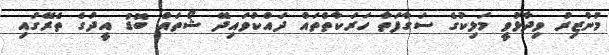
މުންޒިރު ވިދާޅުވީ މަލިކުގެ ސަގާފަތާ ހަރަކާތްތައް ދައްކުވައިދޭ ޝޯތައް ބޮޑު އީދުގެ ތެރޭގައި